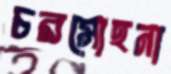
চরমোহনা